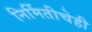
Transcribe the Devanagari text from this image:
निर्मितीचेही